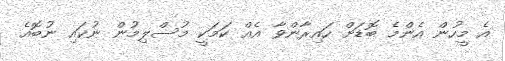
އެ މީހުން އެންމެ ބޮޑަށް ހައިރާންވާ އެއް ކަމަކީ މުސްލިމުން ނުކައި ނުބޮއެ